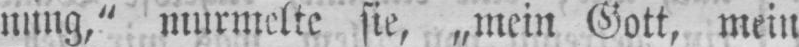
nung,“ murmelte sie, „mein Gott, mein